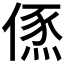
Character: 𠍪